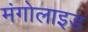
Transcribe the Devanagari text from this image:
मंगोलाइड